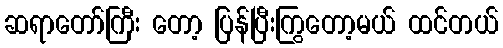
ဆရာတော်ကြီး တော့ ပြန်ပြီးကြွတော့မယ် ထင်တယ်